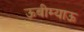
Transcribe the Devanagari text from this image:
ऊबीम्याऊ